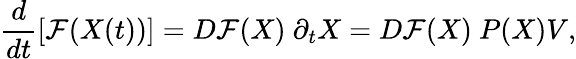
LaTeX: \frac{d}{dt}\left[\mathcal{F}(X(t))\right]=D\mathcal{F}(X)~\partial_{t}{X}=D\mathcal{F}(X)~P(X)V,